Scientific memoirs by medical officers of the Army of India - Part XII,
Year: 1901
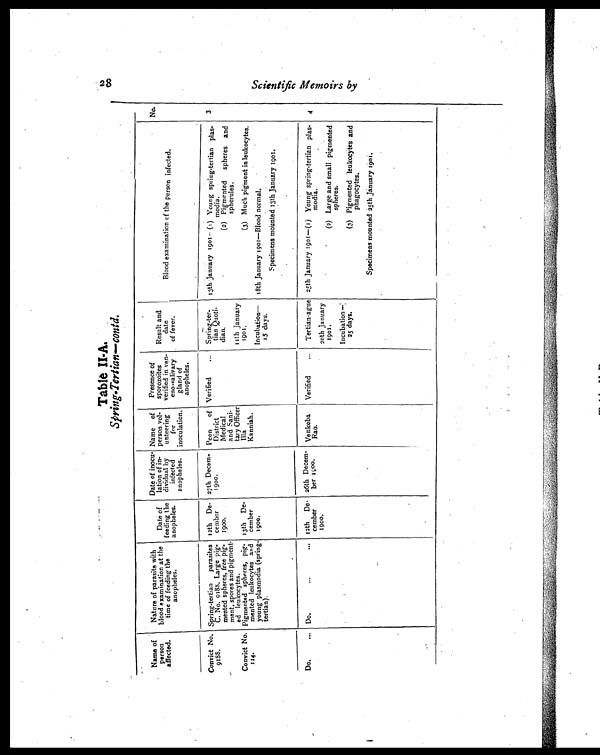
28 Scientific Memoirs by
Table II-A.
Spring-Tertian-contd.
Name of
person
affected.
Nature of parasite with
blood examination at the
time of feeding the
anopheles.
Date of
feeding the
anopheles.
Date of inocu-
lation of in-
dividual by
infected
anopheles.
Name of
person vol-
unteering
for
inoculation.
Presence of
sporozoites
verified in ven-
eno-salivary
gland of
anopheles.
Result and
date
of fever.
Blood examination of the person infected.
No.
Convict No.
9 1 8 8 .
Spring-tertian parasites
C. No. 9188. Large pig-
mented spheres, free pig-
ment, spores and pigment-
ed leukocytes.
12th De-
cember
1900.
27 th Decem-
1900.
Peon of
District
Medical
and Sani-
tary Officer
Illa
Kanniah.
Verified
... Spring-ter-
tan Quoti-
dian.
13th January 1901-(1) Young spring-tertian plas-
modia.
3
(2) Pigmented spheres and
spherules.
11th January
1901.
(3) Much pigment in leukocytes.
Convict No.
1 1 4 .
13th De-
cember
1900.
Pigmented spheres, pig.
mented leukocytes and
young plasmodia (spring-
tertian).
Incubation—
15 days.
18th January 1901—Blood normal.
Specimens mounted 13th January 1901.
Do.
... Do.
...
... 12th De-
cember 1900.
26th Decent-
ber 1900.
Venkoba
Rao.
Verified
...
Tertian-ague 25th January 1901—(1) Young spring-tertian plas-
modia.
4
20th January
1901.
(2) Large and small pigmented
spheres.
Incubation —:
25 days.
(3) Pigmented leukocytes and
phagocytes.
Specimens mounted 25th January 1901.